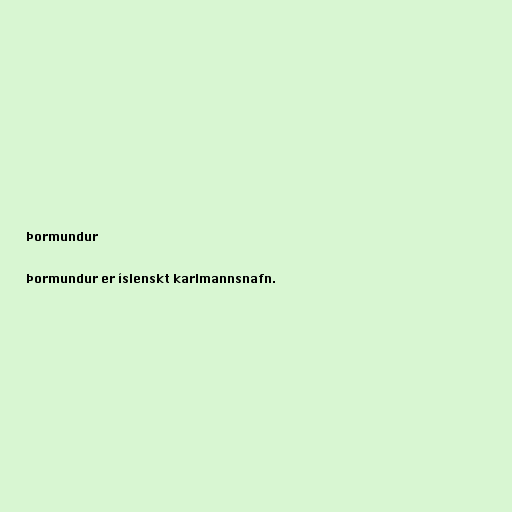
Þormundur

Þormundur er íslenskt karlmannsnafn.